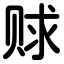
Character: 赇